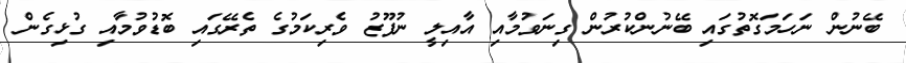
ބޭނުން ނަހަމަގޮތުގައި ބޭނުންކުރުން ގިނަވުމާއި އާއިލީ ނުފޫޒު ވެރިކަމުގެ ތެރޭގައި ބޮޑުވުމާއި ގުޅިގެން